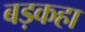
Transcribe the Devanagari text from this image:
बड़कहा